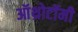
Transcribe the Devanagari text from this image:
ऑथ्रोटॉमी